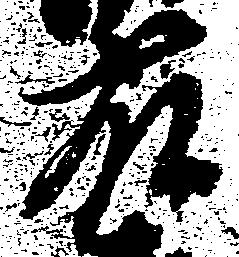
藤